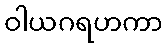
ဝါယဂရဟကာ